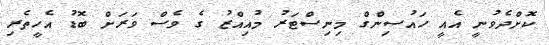
ކޮށްދެވުނީ އެއީ ހައުސިންގް މިނިސްޓަރު މުއިއްޒު ގެ ވެސް ވަރަށް ބޮޑު އެހީތެރި